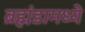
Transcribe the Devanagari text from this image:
ब्रह्मंडामध्ये